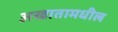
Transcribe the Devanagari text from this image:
अखातामधील